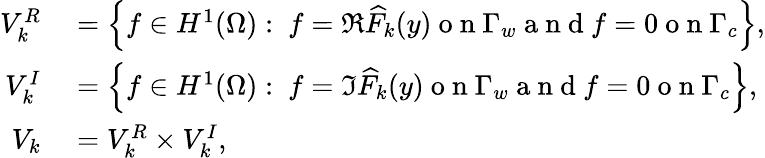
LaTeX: \begin{array}{rl}{V_{k}^{R}}&{{}=\left\{ f\in H^{1}(\Omega):\ f=\Re{\widehat{F}_{k}(y)}\mathrm{~o~n~}\Gamma_{w}\mathrm{~a~n~d~}f=0\mathrm{~o~n~}\Gamma_{c}\right\} ,}\\ {V_{k}^{I}}&{{}=\left\{ f\in H^{1}(\Omega):\ f=\Im{\widehat{F}_{k}(y)}\mathrm{~o~n~}\Gamma_{w}\mathrm{~a~n~d~}f=0\mathrm{~o~n~}\Gamma_{c}\right\} ,}\\ {V_{k}}&{{}=V_{k}^{R}\times V_{k}^{I},}\end{array}